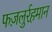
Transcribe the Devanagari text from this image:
फज़लुर्रहमान